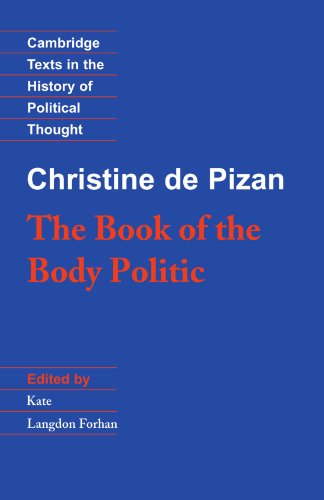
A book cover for The Book of the Body Politic (Cambridge Texts in the History of Political Thought); Christine de Pizan; Politics & Social Sciences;